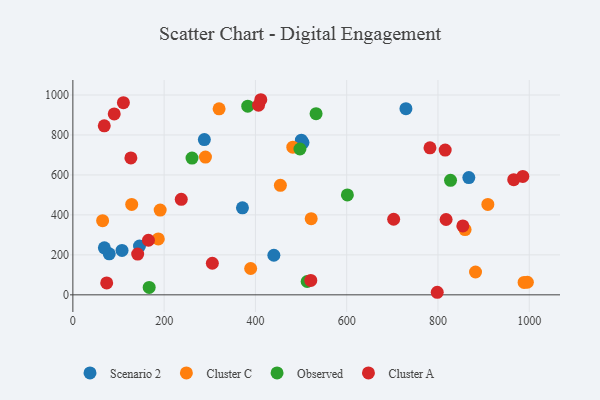
{"axis": {"x": "Ad Spend", "y": "Fuel Efficiency"}, "legend": ["Cluster A", "Cluster C", "Observed", "Scenario 2"], "data": [{"x": "867.6", "y": 586.8, "type": "Scenario 2"}, {"x": "440.4", "y": 198.0, "type": "Scenario 2"}, {"x": "107.7", "y": 222.1, "type": "Scenario 2"}, {"x": "79.7", "y": 205.1, "type": "Scenario 2"}, {"x": "504.2", "y": 762.1, "type": "Scenario 2"}, {"x": "729.8", "y": 931.7, "type": "Scenario 2"}, {"x": "146.0", "y": 243.8, "type": "Scenario 2"}, {"x": "371.6", "y": 435.2, "type": "Scenario 2"}, {"x": "69.0", "y": 235.3, "type": "Scenario 2"}, {"x": "500.7", "y": 774.2, "type": "Scenario 2"}, {"x": "288.1", "y": 776.9, "type": "Scenario 2"}, {"x": "454.7", "y": 548.0, "type": "Cluster C"}, {"x": "128.9", "y": 452.3, "type": "Cluster C"}, {"x": "290.5", "y": 689.6, "type": "Cluster C"}, {"x": "882.3", "y": 114.3, "type": "Cluster C"}, {"x": "65.2", "y": 371.1, "type": "Cluster C"}, {"x": "481.9", "y": 739.0, "type": "Cluster C"}, {"x": "389.6", "y": 131.9, "type": "Cluster C"}, {"x": "320.4", "y": 930.7, "type": "Cluster C"}, {"x": "909.3", "y": 452.6, "type": "Cluster C"}, {"x": "995.9", "y": 63.0, "type": "Cluster C"}, {"x": "191.3", "y": 424.4, "type": "Cluster C"}, {"x": "522.2", "y": 381.2, "type": "Cluster C"}, {"x": "859.4", "y": 326.8, "type": "Cluster C"}, {"x": "988.7", "y": 62.2, "type": "Cluster C"}, {"x": "187.2", "y": 280.0, "type": "Cluster C"}, {"x": "532.9", "y": 906.8, "type": "Observed"}, {"x": "513.4", "y": 66.7, "type": "Observed"}, {"x": "167.2", "y": 37.1, "type": "Observed"}, {"x": "497.6", "y": 729.7, "type": "Observed"}, {"x": "383.2", "y": 944.2, "type": "Observed"}, {"x": "601.5", "y": 499.9, "type": "Observed"}, {"x": "827.5", "y": 573.2, "type": "Observed"}, {"x": "261.1", "y": 684.4, "type": "Observed"}, {"x": "702.9", "y": 378.2, "type": "Cluster A"}, {"x": "110.7", "y": 961.7, "type": "Cluster A"}, {"x": "817.8", "y": 377.1, "type": "Cluster A"}, {"x": "815.8", "y": 724.3, "type": "Cluster A"}, {"x": "237.5", "y": 478.0, "type": "Cluster A"}, {"x": "966.0", "y": 576.1, "type": "Cluster A"}, {"x": "521.3", "y": 72.0, "type": "Cluster A"}, {"x": "406.8", "y": 948.8, "type": "Cluster A"}, {"x": "68.8", "y": 845.7, "type": "Cluster A"}, {"x": "127.1", "y": 685.3, "type": "Cluster A"}, {"x": "305.6", "y": 158.0, "type": "Cluster A"}, {"x": "142.0", "y": 204.1, "type": "Cluster A"}, {"x": "798.4", "y": 12.8, "type": "Cluster A"}, {"x": "985.9", "y": 592.7, "type": "Cluster A"}, {"x": "782.5", "y": 735.9, "type": "Cluster A"}, {"x": "90.6", "y": 905.2, "type": "Cluster A"}, {"x": "411.8", "y": 976.4, "type": "Cluster A"}, {"x": "854.5", "y": 344.6, "type": "Cluster A"}, {"x": "165.6", "y": 273.1, "type": "Cluster A"}, {"x": "74.1", "y": 59.4, "type": "Cluster A"}]}